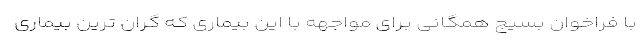
با فراخوان بسیج همگانی برای مواجهه با این بیماری که گران ترین بیماری